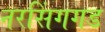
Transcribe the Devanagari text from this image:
नरसिंगगड